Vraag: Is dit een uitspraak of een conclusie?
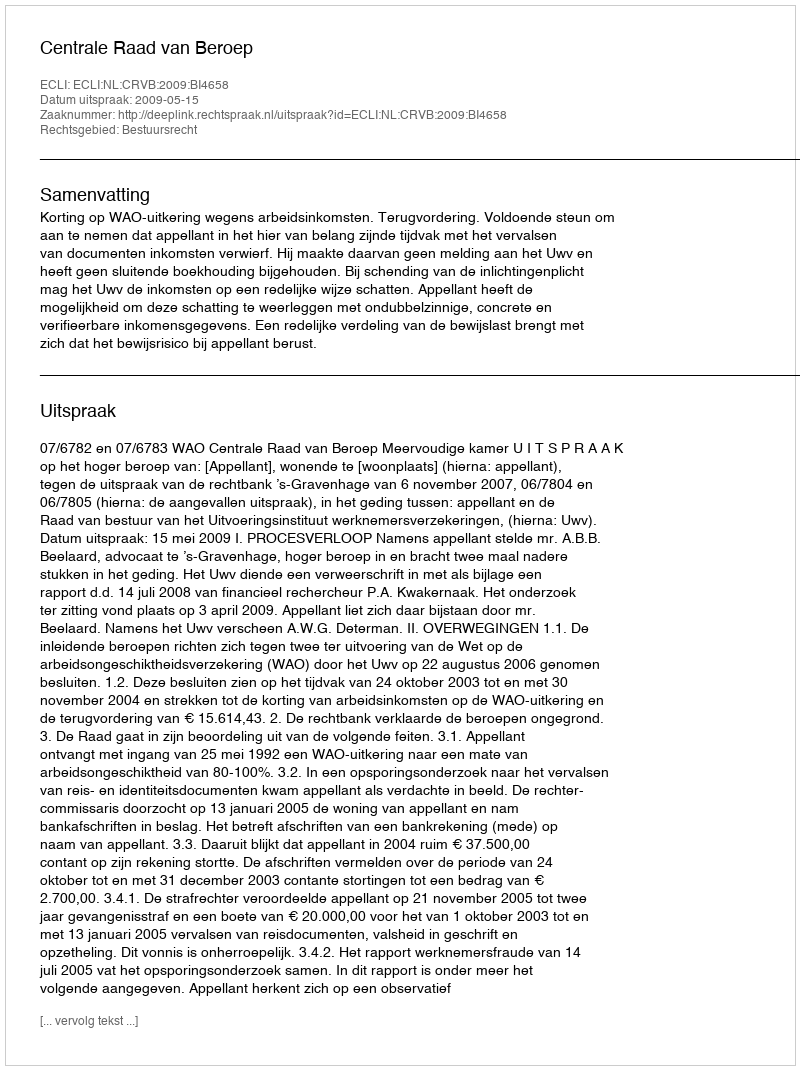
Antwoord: Uitspraak